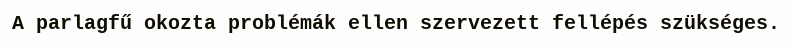
A parlagfű okozta problémák ellen szervezett fellépés szükséges.